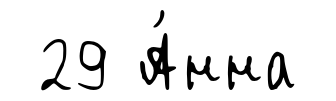
29 А́нна